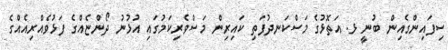
ސިފައިންގެއިން ބުނީ ޅ. އަތޮޅުގެ މަސްކަނދުފަތި ކައިރިން މަސްވެރިކަމުގައި އުޅުނު ދޯންޏެއްގެ ފަޅުވެއްރިއެއްގެ